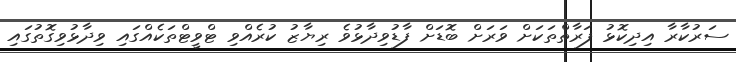
ސަރުކާރާ އިދިކޮޅު ފަރާތްތަކަށް ވަރަށް ބޮޑަށް ފާޑުވިދާޅުވެ ރިޔާޒު ކުރެއްވި ޓްވީޓްތަކެއްގައި ވިދާޅުވިގޮތުގައި